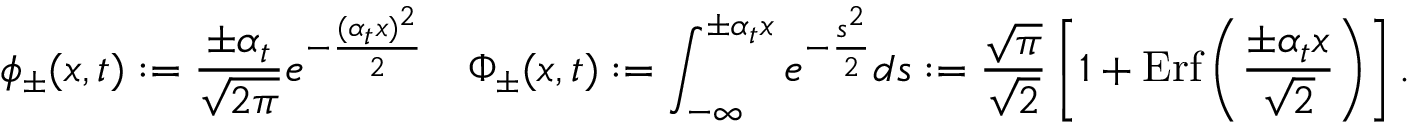
\phi _ { \pm } ( x , t ) : = \frac { \pm \alpha _ { t } } { \sqrt { 2 \pi } } e ^ { - \frac { ( \alpha _ { t } x ) ^ { 2 } } { 2 } } \quad \Phi _ { \pm } ( x , t ) : = \int _ { - \infty } ^ { \pm \alpha _ { t } x } e ^ { - \frac { s ^ { 2 } } { 2 } } d s : = \frac { \sqrt { \pi } } { \sqrt { 2 } } \left[ 1 + \mathrm { E r f } \left( \frac { \pm \alpha _ { t } x } { \sqrt { 2 } } \right) \right] .